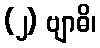
(၂) ဗျာဓိ၊